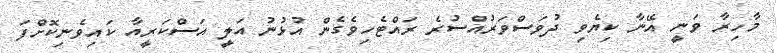
މާހިރާ ވަނީ އޭނާ ކިޔެވި ދުވަސްވަރުއްސުރެ ރައްޓެހިވެގެން އުޅުނު އަލީ އަސްކަރީއާ ކައިވެނިކޮށްފަ